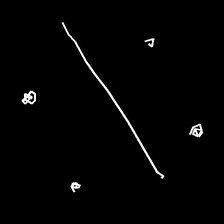
Glyph: cool